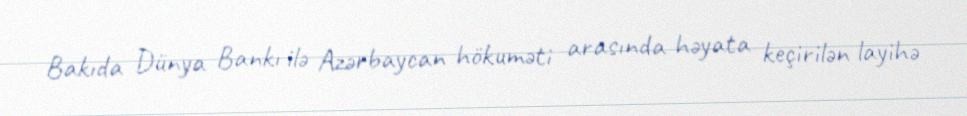
Bakıda Dünya Bankı ilə Azərbaycan hökuməti arasında həyata keçirilən layihə